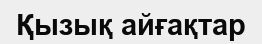
Қызық айғақтар